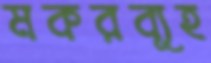
মকরব্যূহ